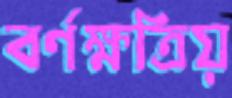
বর্ণক্ষত্রিয়